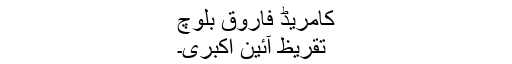
کامریڈ فاروق بلوچ
تقریظِ آئینِ اکبری۔